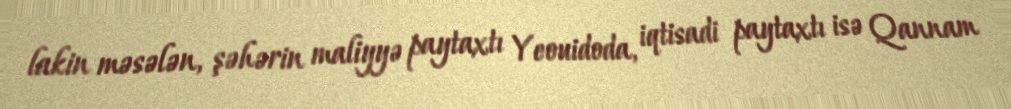
lakin məsələn, şəhərin maliyyə paytaxtı Yeouidoda, iqtisadi paytaxtı isə Qannam